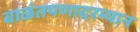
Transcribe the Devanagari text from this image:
बाळंतपणादरम्यान